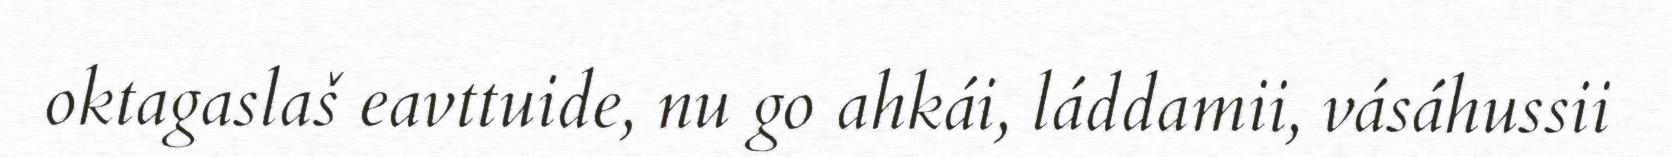
oktagaslaš eavttuide, nu go ahkái, láddamii, vásáhussii